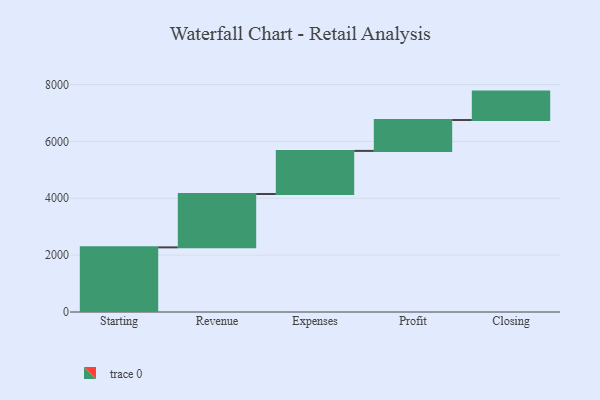
{"axis": {"x": "Step", "y": "Value"}, "legend": [""], "data": [{"x": "Starting", "y": 2274.0, "type": ""}, {"x": "Revenue", "y": 1877.0, "type": ""}, {"x": "Expenses", "y": 1516.0, "type": ""}, {"x": "Profit", "y": 1086.0, "type": ""}, {"x": "Closing", "y": 1000, "type": ""}]}